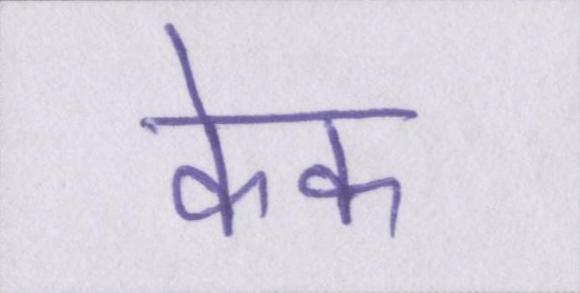
केक